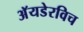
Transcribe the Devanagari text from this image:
अॅयडेरविच